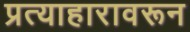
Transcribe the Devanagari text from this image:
प्रत्याहारावरून